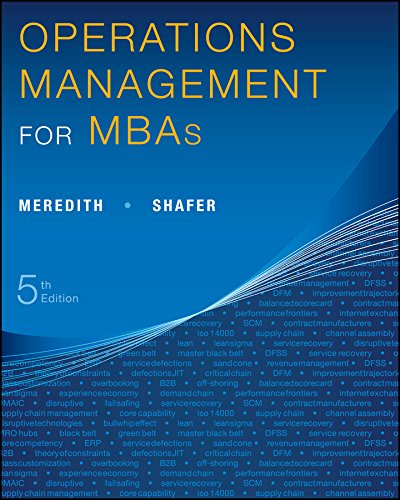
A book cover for Operations Management for MBAs; Jack R. Meredith; Business & Money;